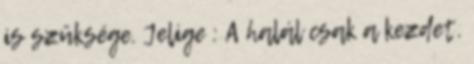
is szüksége. Jelige : A halál csak a kezdet.